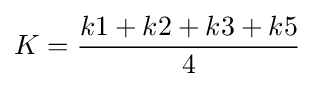
K={\frac {k1+k2+k3+k5}{4}}